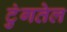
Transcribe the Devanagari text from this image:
टुंगतेल